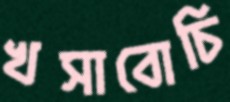
খসাবোচি